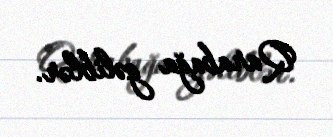
Qarabağa gəliblər.